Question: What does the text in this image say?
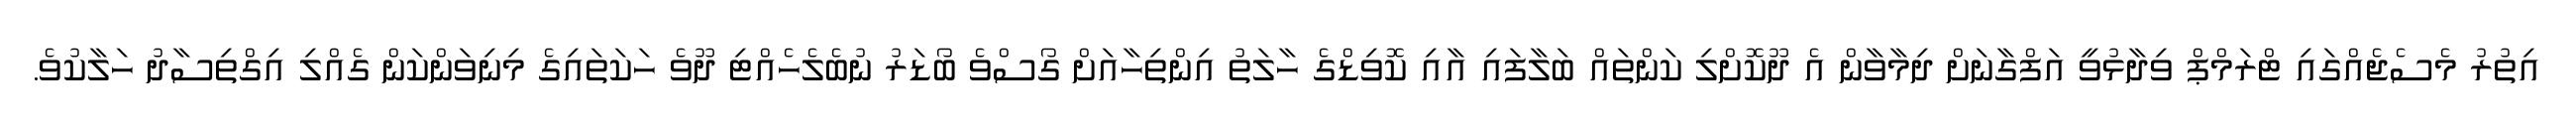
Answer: އިތުރު މެސެޖެއްގައި ޓްރަމްޕް ވިދާޅުވީ އަފްގާނަށް ދިމާވާން އެ ދޫކޮށްލި ކަންތައް ބަލާފައި އާއި ކޮވިޑްގެ ހާލަތު އިންތިހާއަށް ގޯސްވެ ބޯޑަރު ނުބެލެހެއްޓި ދޫވެ ހަކަތައިގެ މިނިވަންކަން ގެއްލި އިގްތިސާދު ހަލާކުވެ.